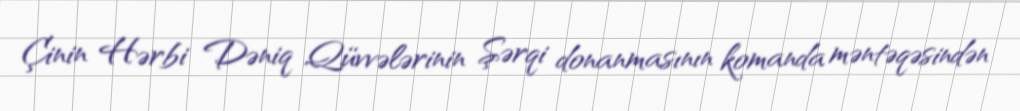
Çinin Hərbi Dəniq Qüvvələrinin Şərqi donanmasının komanda məntəqəsindən